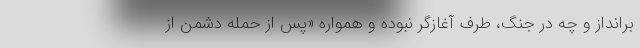
برانداز و چه در جنگ، طرف آغازگر نبوده و همواره «پس از حمله دشمن از